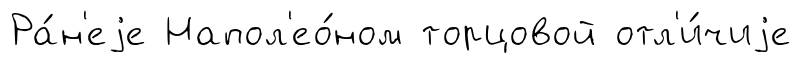
Ра́н'еjе Напол'ео́ном торцовой отл'и́чиjе